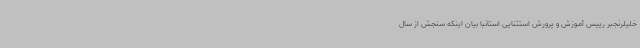
خلیلرنجبر رییس آموزش و پرورش استثنایی استانبا بیان اینکه سنجش از سال